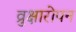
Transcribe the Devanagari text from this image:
व्रुक्षारोपन